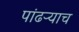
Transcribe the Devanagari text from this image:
पांढऱ्याच